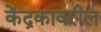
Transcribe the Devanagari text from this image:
केंद्रकावरील